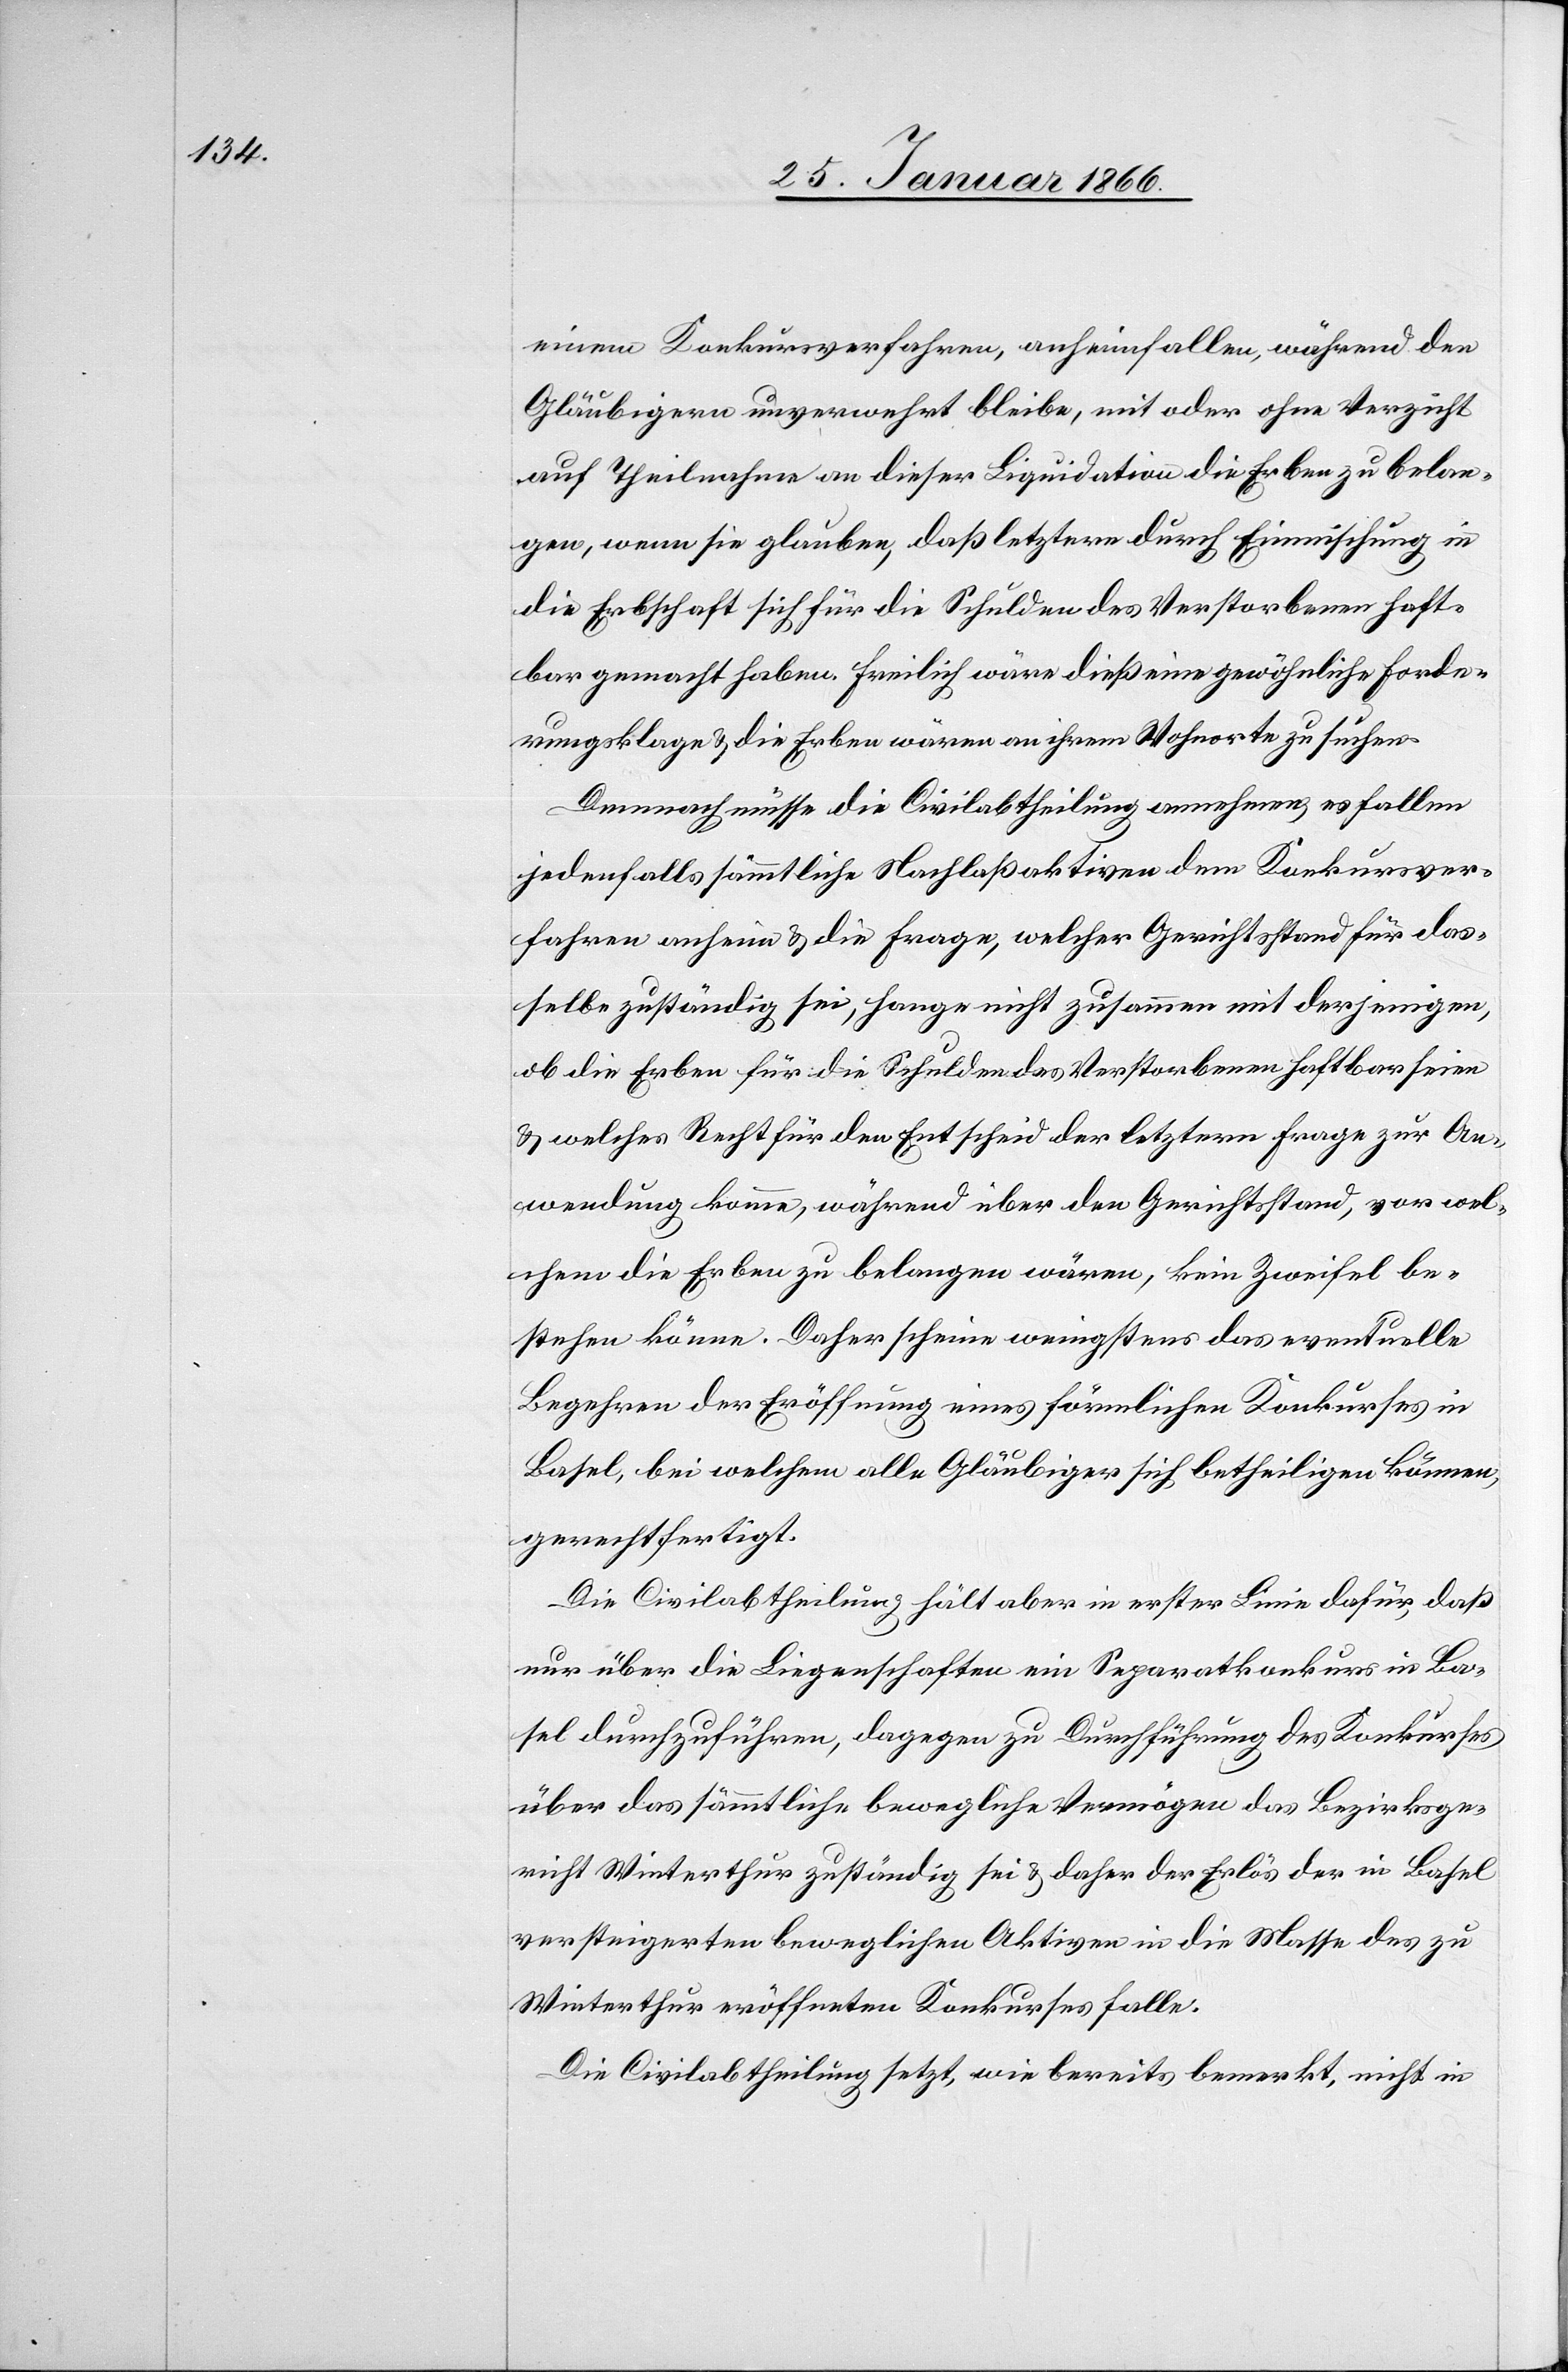
einem Konkursverfahren, anheimfallen, während den
Gläubigern unverwehrt bleibe, mit oder ohne Verzicht
auf Theilnahme an dieser Liquidation die Erben zu belan¬
gen, wenn sie glauben, daß letztere durch Einmischung in
die Erbschaft sich für die Schulden des Verstorbenen haft¬
bar gemacht haben. Freilich wäre dieß eine gewöhnliche Forde¬
rungsklage u. die Erben wären an ihrem Wohnorte zu suchen.
Demnach müsse die Civilabtheilung annehmen, es fallen
jedenfalls sämmtliche Nachlaßaktiven dem Konkursver¬
fahren anheim u. die Frage, welcher Gerichtsstand für das¬
selbe zuständig sei, hange nicht zusammen mit derjenigen,
ob die Erben für die Schulden des Verstorbenen haftbar seien
u. welches Recht für den Entscheid der letztern Frage zur An¬
wendung komme, während über den Gerichtsstand, vor wel¬
chem die Erben zu belangen wären, kein Zweifel be¬
stehen könne. Daher scheine wenigstens das eventuelle
Begehren der Eröffnung eines förmlichen Konkurses in
Basel, bei welchem alle Gläubiger sich betheiligen können,
gerechtfertigt.
Die Civilabtheilung hält aber in erster Linie dafür, daß
nur über die Liegenschaften ein Separatkonkurs in Ba¬
sel durchzuführen, dagegen zu Durchführung des Konkurses
über das sämmtliche bewegliche Vermögen das Bezirksge¬
richt Winterthur zuständig sei u. daher der Erlös der in Basel
versteigerten beweglichen Aktiven in die Masse des zu
Winterthur eröffneten Konkurses falle.
Die Civilabtheilung setzt, wie bereits bemerkt, nicht in